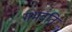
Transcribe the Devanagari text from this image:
गर्भवति